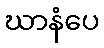
ဃာနံပေ